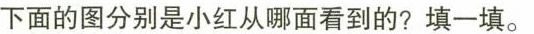
下面的图分别是小红从哪面看到的?填一填。